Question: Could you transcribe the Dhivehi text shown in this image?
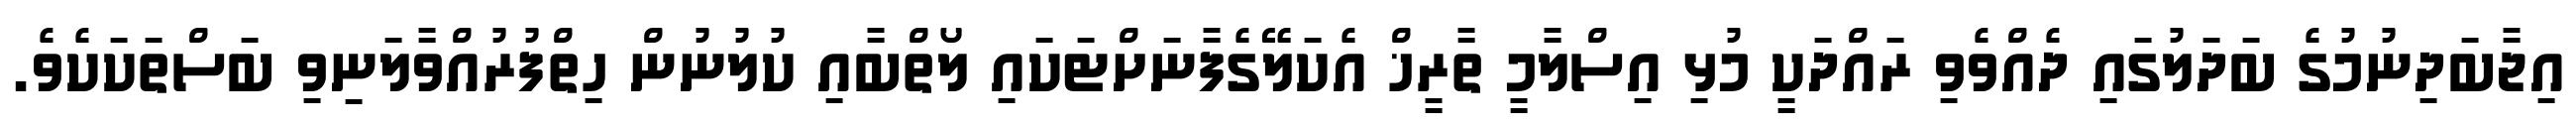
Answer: އިޖާބަދިނުމުގެ ބަދަލުގައި ދެއްވެވި ރައްދަކީ މުޅި އިސްލާމީ ތާރީޚް އެކަލޭގެފާނަށްޓަކައި ލޯތްބާއި ކުލުނުން ހިތްފުރުއްވާލަނިވި ބަސްތަކަކެވެ.